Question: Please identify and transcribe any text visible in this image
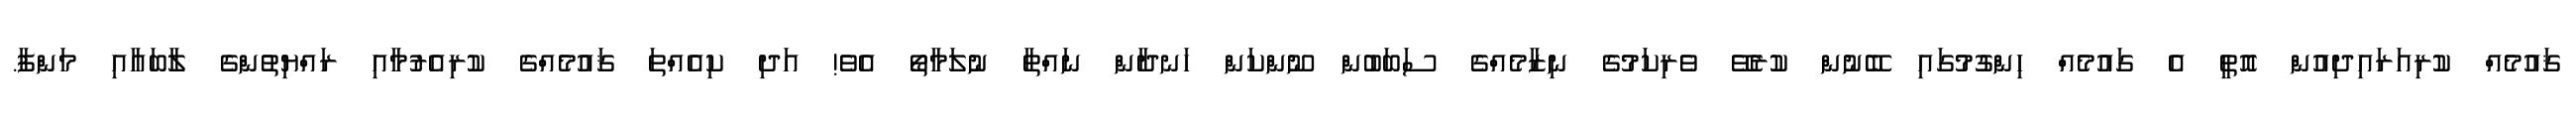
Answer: ޤައުމެއް ކުރިއަރައިދިއުން އޮތީ އެ ގައުމެއް ހިންގުމުގައި ބޭނުން ކުރެވޭ ވެރިކަމުގެ ނިޒާމެއްގެ ސަބަބުން ނޫންކަން ހަނދާން ނައްތާ ނުލަމާތޯ އެވެ! އަދި ކިއެއްތަ ޤައުމެއްގެ ކުރިއެރުމާއި ރައްޔިތުންގެ ލާބައާއި މަންފާ.